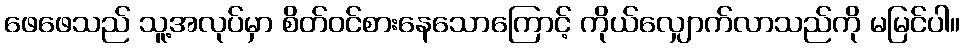
ဖေဖေသည် သူ့အလုပ်မှာ စိတ်ဝင်စားနေသောကြောင့် ကိုယ်လျှောက်လာသည်ကို မမြင်ပါ။